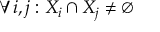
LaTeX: \forall i , j : X _ { i } \cap X _ { j } \neq \emptyset